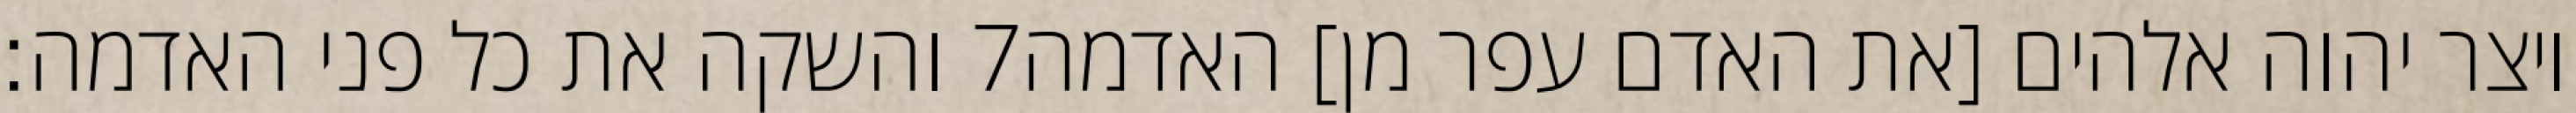
והשקה את כל פני האדמה׃ ‎7‏ ויצר יהוה אלהים [את האדם עפר מן] האדמה